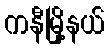
ကနီမြို့နယ်